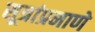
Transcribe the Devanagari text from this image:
सूत्रांप्रमाणे